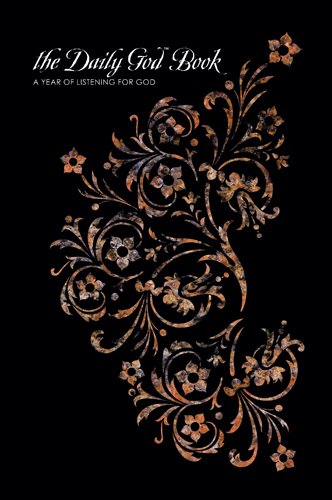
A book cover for The Daily God Book: A Year of Listening for God; Erin Keeley Marshall; Christian Books & Bibles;